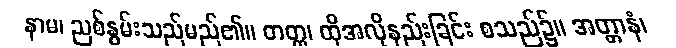
နာမ၊ ညစ်နွမ်းသည်မည်၏။ တတ္ထ၊ ထိုအလိုနည်းခြင်း စသည်၌။ အတ္တာနံ၊